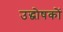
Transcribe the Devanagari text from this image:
उद्धोषकों